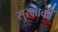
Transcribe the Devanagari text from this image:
सुरक्षाकी